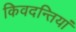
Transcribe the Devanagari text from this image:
किवदन्तियां